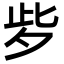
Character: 㱔